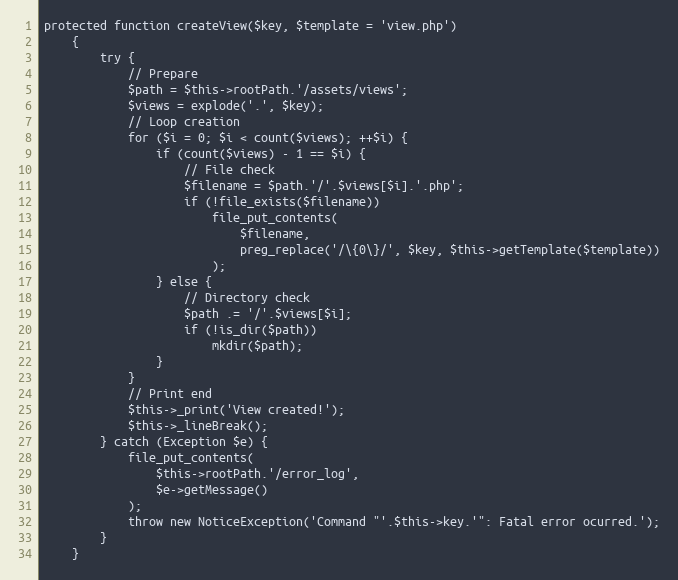
Language: PHP
protected function createView($key, $template = 'view.php')
    {
        try {
            // Prepare
            $path = $this->rootPath.'/assets/views';
            $views = explode('.', $key);
            // Loop creation
            for ($i = 0; $i < count($views); ++$i) {
                if (count($views) - 1 == $i) {
                    // File check
                    $filename = $path.'/'.$views[$i].'.php';
                    if (!file_exists($filename))
                        file_put_contents(
                            $filename,
                            preg_replace('/\{0\}/', $key, $this->getTemplate($template))
                        );
                } else {
                    // Directory check
                    $path .= '/'.$views[$i];
                    if (!is_dir($path))
                        mkdir($path);
                }
            }
            // Print end
            $this->_print('View created!');
            $this->_lineBreak();
        } catch (Exception $e) {
            file_put_contents(
                $this->rootPath.'/error_log',
                $e->getMessage()
            );
            throw new NoticeException('Command "'.$this->key.'": Fatal error ocurred.');
        }
    }